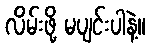
လိမ်းဖို့ မပျင်းပါနဲ့။